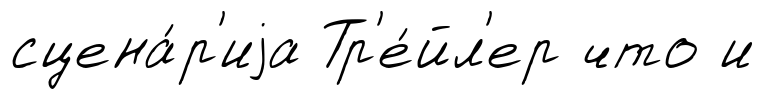
сцена́р'иjа Тр'е́йл'ер что и